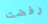
رفضت